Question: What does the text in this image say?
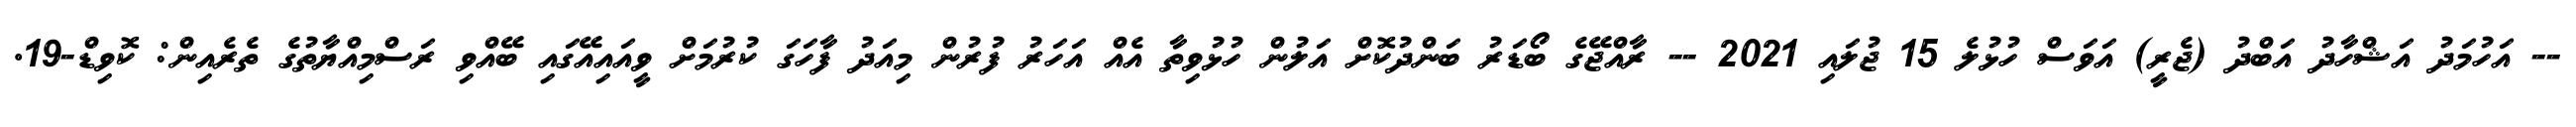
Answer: -- އަހުމަދު އަޝްހާދު އަބްދު (ޖެރީ) އަވަސް ހުޅުލެ 15 ޖުލައި 2021 -- ރާއްޖޭގެ ބޯޑަރު ބަންދުކޮށް އަލުން ހުޅުވިތާ އެއް އަހަރު ފުރުން މިއަދު ފާހަގަ ކުރުމަށް ވީއައިއޭގައި ބޭއްވި ރަސްމިއްޔާތުގެ ތެރެއިން: ކޮވިޑް-19.